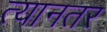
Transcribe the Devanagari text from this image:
त्यानतर